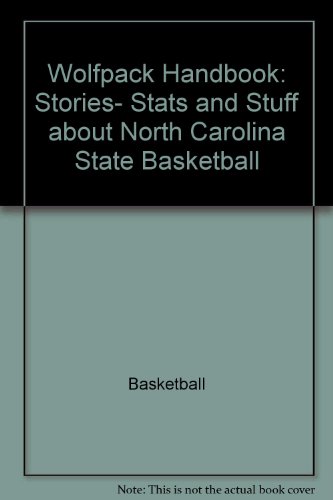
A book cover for Wolfpack handbook: Stories, stats, and stuff about N.C. State basketball; Douglas Herakovich; Sports & Outdoors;